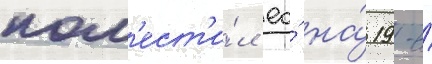
пом'ест'и́л ео́ на́ 19-е́